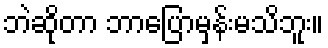
ဘဲဆိုတာ ဘာပြောမှန်းမသိဘူး။